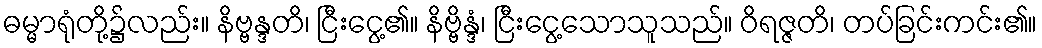
ဓမ္မာရုံတို့၌လည်း။ နိဗ္ဗန္ဒတိ၊ ငြီးငွေ့၏။ နိဗ္ဗိန္ဒံ၊ ငြီးငွေ့သောသူသည်။ ဝိရဇ္ဇတိ၊ တပ်ခြင်းကင်း၏။